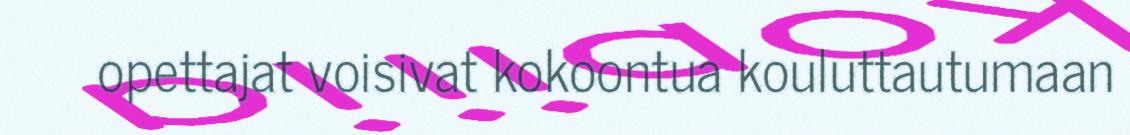
opettajat voisivat kokoontua kouluttautumaan